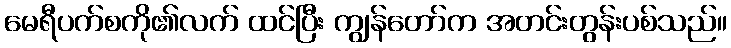
မေရီပက်စကို၏လက် ထင်ပြီး ကျွန်တော်က အတင်းတွန်းပစ်သည်။